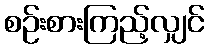
စဉ်းစားကြည့်လျှင်